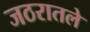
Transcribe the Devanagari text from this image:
जठरातले